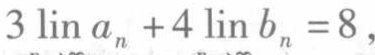
$3\lim\limits_{n\rightarrow\infty} a_{n}+4\lim\limits_{n\rightarrow\infty} b_{n}=8$